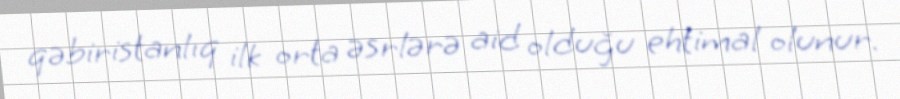
qəbiristanlıq ilk orta əsrlərə aid olduğu ehtimal olunur.